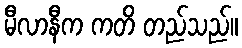
မီလာနီက ကတိ တည်သည်။